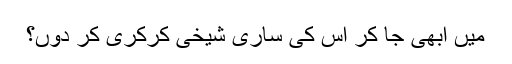
میں ابھی جا کر اس کی ساری شیخی کرکری کر دوں؟